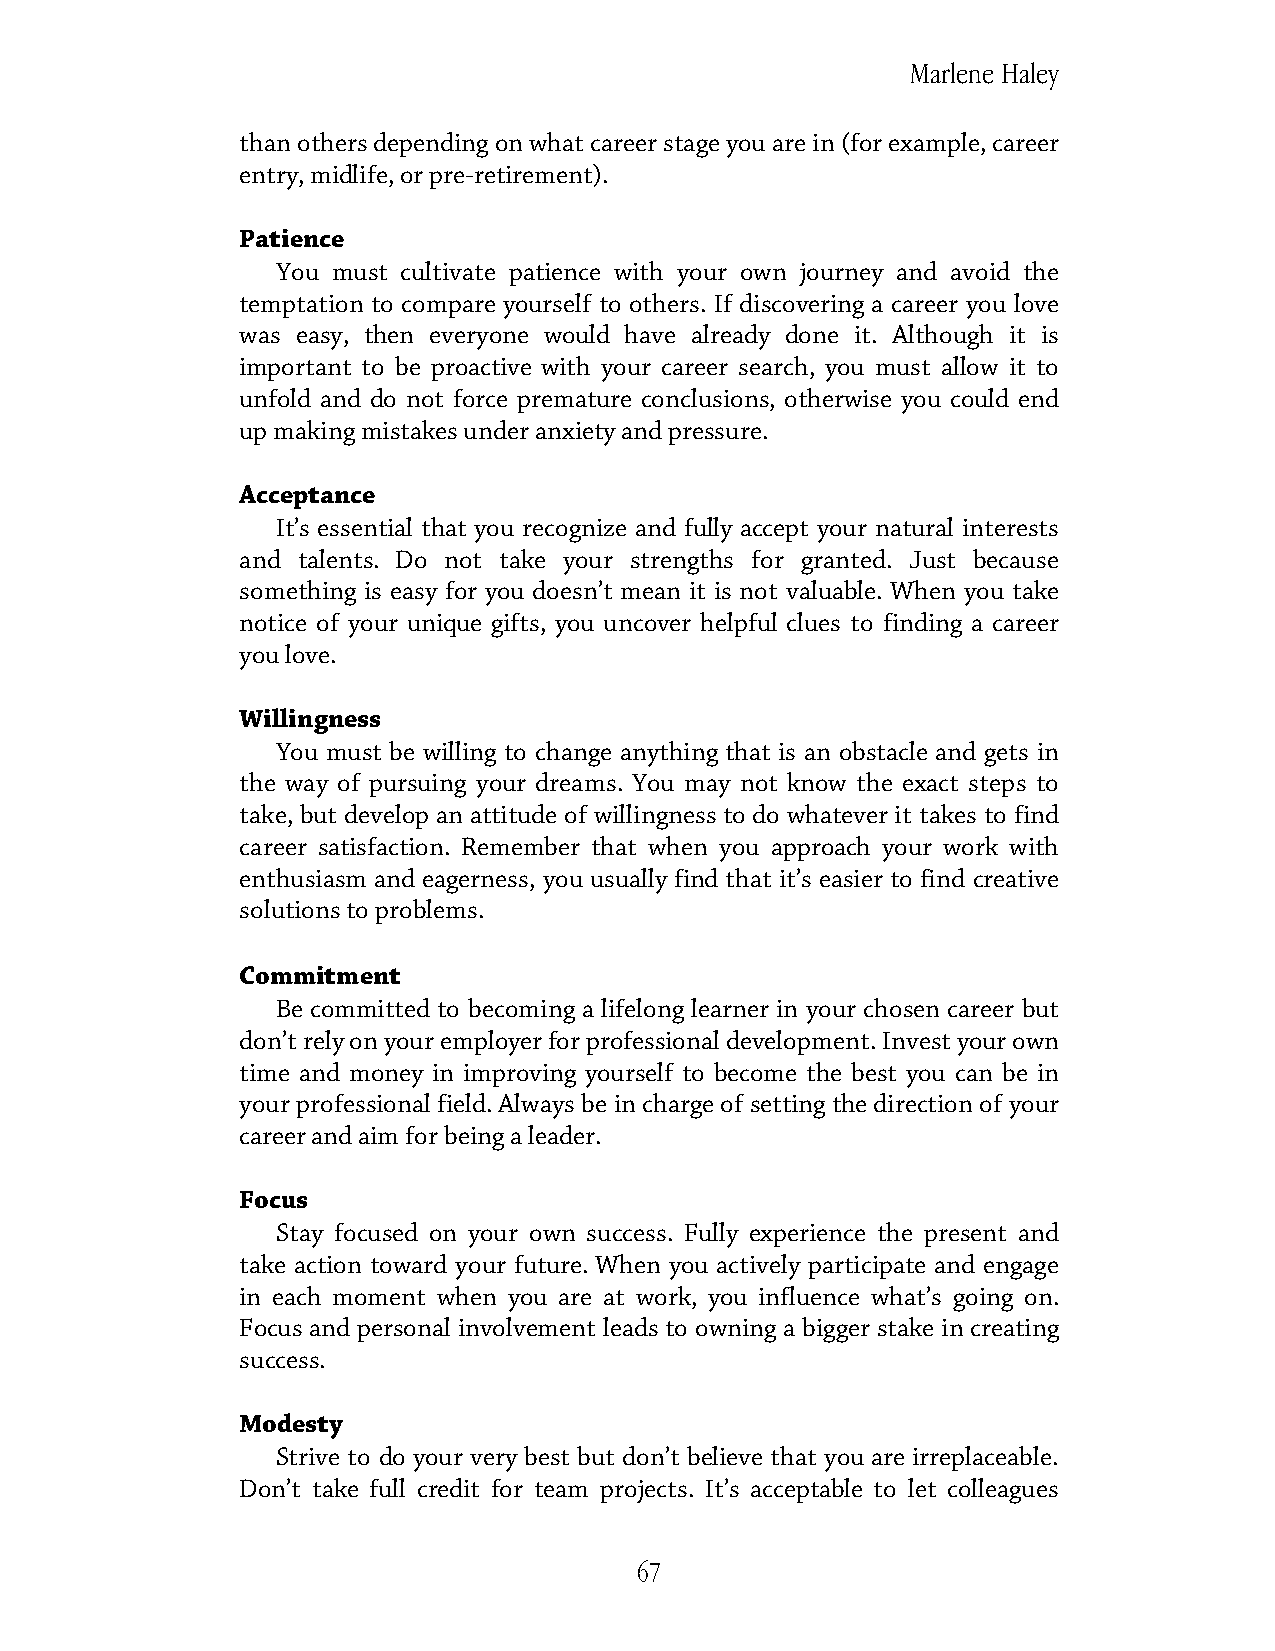
Marlene Haley
 than others depending on what career stage you are in (for example, career
 entry, midlife, or pre-retirement).
 Patience
 You must cultivate patience with your own journey and avoid the
 temptation to compare yourself to others. If discovering a career you love
 was easy, then everyone would have already done it. Although it is
 important to be proactive with your career search, you must allow it to
 unfold and do not force premature conclusions, otherwise you could end
 up making mistakes under anxiety and pressure.
 Acceptance
 It’s essential that you recognize and fully accept your natural interests
 and talents. Do not take your strengths for granted. Just because
 something is easy for you doesn’t mean it is not valuable. When you take
 notice of your unique gifts, you uncover helpful clues to finding a career
 you love.
 Willingness
 You must be willing to change anything that is an obstacle and gets in
 the way of pursuing your dreams. You may not know the exact steps to
 take, but develop an attitude of willingness to do whatever it takes to find
 career satisfaction. Remember that when you approach your work with
 enthusiasm and eagerness, you usually find that it’s easier to find creative
 solutions to problems.
 Commitment
 Be committed to becoming a lifelong learner in your chosen career but
 don’t rely on your employer for professional development. Invest your own
 time and money in improving yourself to become the best you can be in
 your professional field. Always be in charge of setting the direction of your
 career and aim for being a leader.
 Focus
 Stay focused on your own success. Fully experience the present and
 take action toward your future. When you actively participate and engage
 in each moment when you are at work, you influence what’s going on.
 Focus and personal involvement leads to owning a bigger stake in creating
 success.
 Modesty
 Strive to do your very best but don’t believe that you are irreplaceable.
 Don’t take full credit for team projects. It’s acceptable to let colleagues
 67